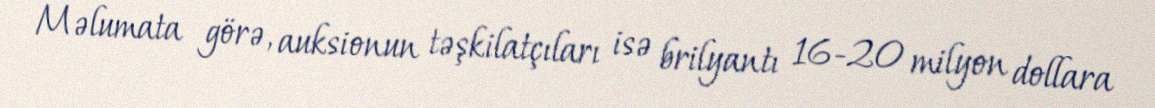
Məlumata görə, auksionun təşkilatçıları isə brilyantı 16-20 milyon dollara